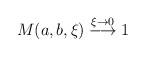
LaTeX: \begin{align*}M(a,b,\xi) \stackrel{\xi\rightarrow 0}{\longrightarrow} 1\end{align*}